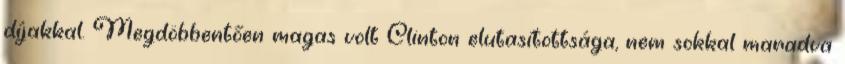
díjakkal. Megdöbbentően magas volt Clinton elutasítottsága, nem sokkal maradva